画像に写った文字を読んでください
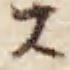
「ス」と書いてあります